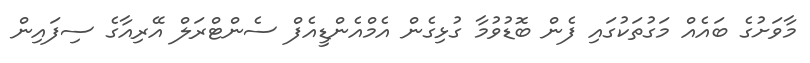
މާވަށުގެ ބައެއް މަގުތަކުގައި ފެން ބޮޑުވުމާ ގުޅިގެން އެމްއެންޑީއެފް ސެންޓްރަލް އޭރިއާގެ ސިފައިން